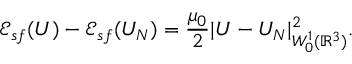
{ \mathscr E } _ { s f } ( U ) - { \mathscr E } _ { s f } ( U _ { N } ) = \frac { \mu _ { 0 } } { 2 } | U - U _ { N } | _ { W _ { 0 } ^ { 1 } ( { \mathbb R } ^ { 3 } ) } ^ { 2 } .